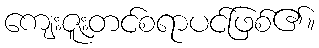
ကျေးဇူးတင်စရာပင်ဖြစ်၏။